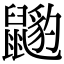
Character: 𪕺